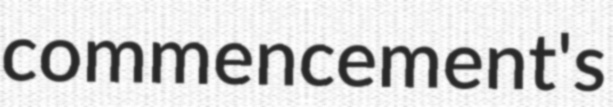
commencement's